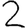
Digit: 2